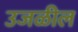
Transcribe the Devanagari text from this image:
उजळील